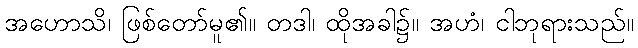
အဟောသိ၊ ဖြစ်တော်မူ၏။ တဒါ၊ ထိုအခါ၌။ အဟံ၊ ငါဘုရားသည်။